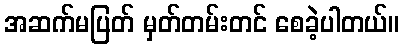
အဆက်မပြတ် မှတ်တမ်းတင် စေခဲ့ပါတယ်။